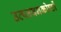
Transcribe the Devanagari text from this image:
उत्प्लवनकोष्ठों